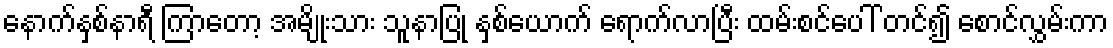
နောက်နှစ်နာရီ ကြာတော့ အမျိုးသား သူနာပြု နှစ်ယောက် ရောက်လာပြီး ထမ်းစင်ပေါ် တင်၍ စောင်လွှမ်းကာ